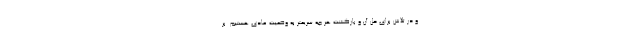
و در تلاش برای حل آن و بازگشت هر چه سریعتر به وضعیت عادی هستیم. بر